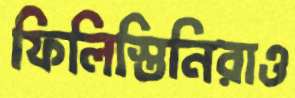
ফিলিস্তিনিরাও